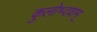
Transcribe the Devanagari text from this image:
कुलोभ्दवाम्